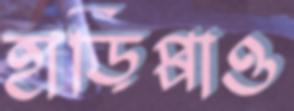
হাড়িপ্পাও